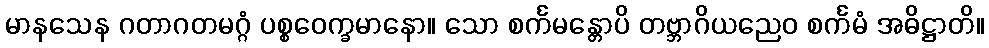
မာနသေန ဂတာဂတမဂ္ဂံ ပစ္စဝေက္ခမာနော။ သော စင်္ကမန္တောပိ တဗ္ဘာဂိယညေဝ စင်္ကမံ အဓိဋ္ဌာတိ။